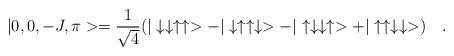
LaTeX: \begin{align*}|0,0,-J,\pi>=\frac{1}{\sqrt{4}}(|\downarrow \downarrow\uparrow\uparrow>-|\downarrow\uparrow\uparrow\downarrow>-|\uparrow\downarrow \downarrow\uparrow>+ |\uparrow\uparrow\downarrow \downarrow>)\quad .\end{align*}